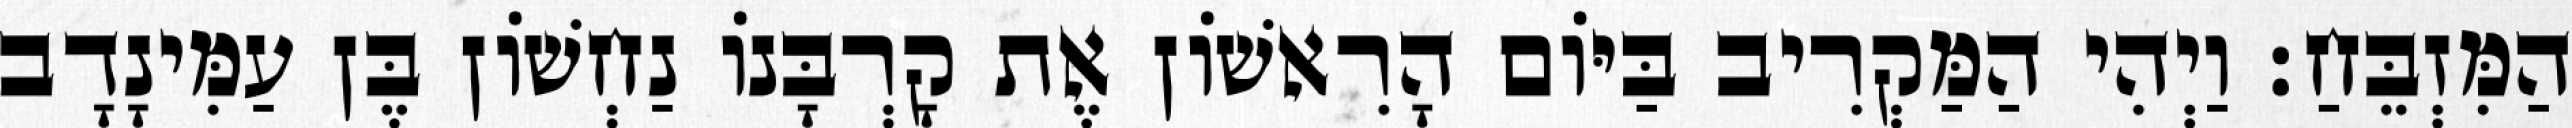
הַמִּזְבֵּחַ׃ וַיְהִי הַמַּקְרִיב בַּיּוֹם הָרִאשׁוֹן אֶת קָרְבָּנוֹ נַחְשׁוֹן בֶּן עַמִּינָדָב